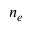
n _ { e }